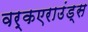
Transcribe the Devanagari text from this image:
वर्कएराउंड्स